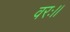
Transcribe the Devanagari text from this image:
वरः।।